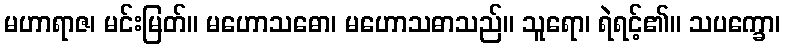
မဟာရာဇ၊ မင်းမြတ်။ မဟောသဓော၊ မဟောသဓာသည်။ သူရော၊ ရဲရင့်၏။ သပက္ခော၊